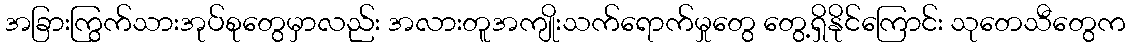
အခြားကြွက်သားအုပ်စုတွေမှာလည်း အလားတူအကျိုးသက်ရောက်မှုတွေ တွေ့ရှိနိုင်ကြောင်း သုတေသီတွေက